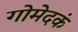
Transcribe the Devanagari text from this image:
गोमेदकं